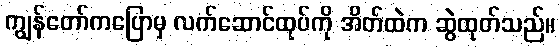
ကျွန်တော်ကပြောမှ လက်ဆောင်ထုပ်ကို အိတ်ထဲက ဆွဲထုတ်သည်။